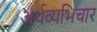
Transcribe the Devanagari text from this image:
अर्थव्यभिचार